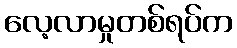
လေ့လာမှုတစ်ရပ်က